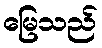
မြေသည်